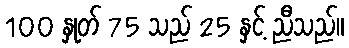
100 နှုတ် 75 သည် 25 နှင့် ညီသည်။